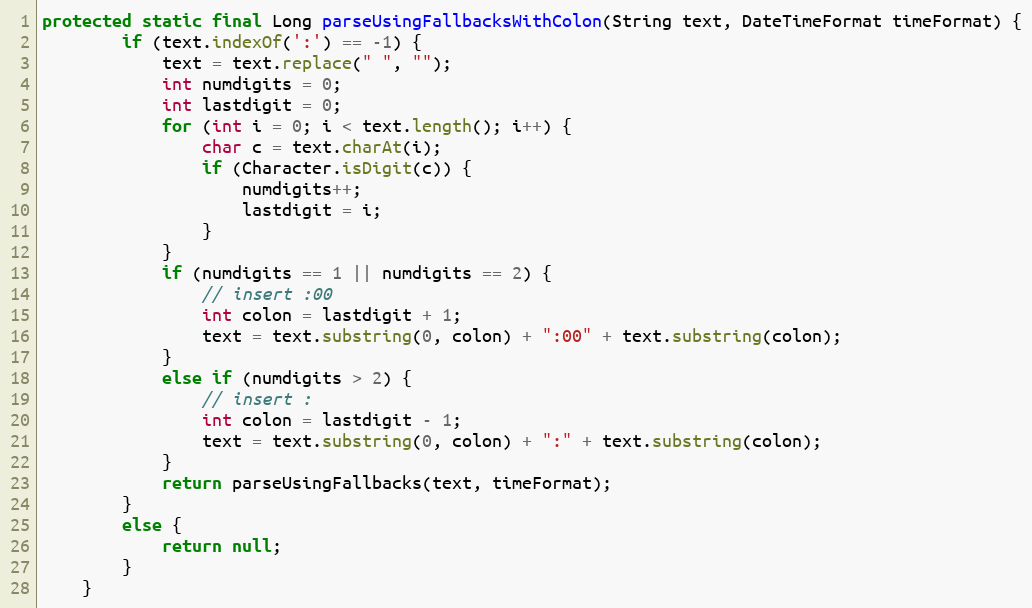
Language: Java
protected static final Long parseUsingFallbacksWithColon(String text, DateTimeFormat timeFormat) {
        if (text.indexOf(':') == -1) {
            text = text.replace(" ", "");
            int numdigits = 0;
            int lastdigit = 0;
            for (int i = 0; i < text.length(); i++) {
                char c = text.charAt(i);
                if (Character.isDigit(c)) {
                    numdigits++;
                    lastdigit = i;
                }
            }
            if (numdigits == 1 || numdigits == 2) {
                // insert :00
                int colon = lastdigit + 1;
                text = text.substring(0, colon) + ":00" + text.substring(colon);
            }
            else if (numdigits > 2) {
                // insert :
                int colon = lastdigit - 1;
                text = text.substring(0, colon) + ":" + text.substring(colon);
            }
            return parseUsingFallbacks(text, timeFormat);
        }
        else {
            return null;
        }
    }